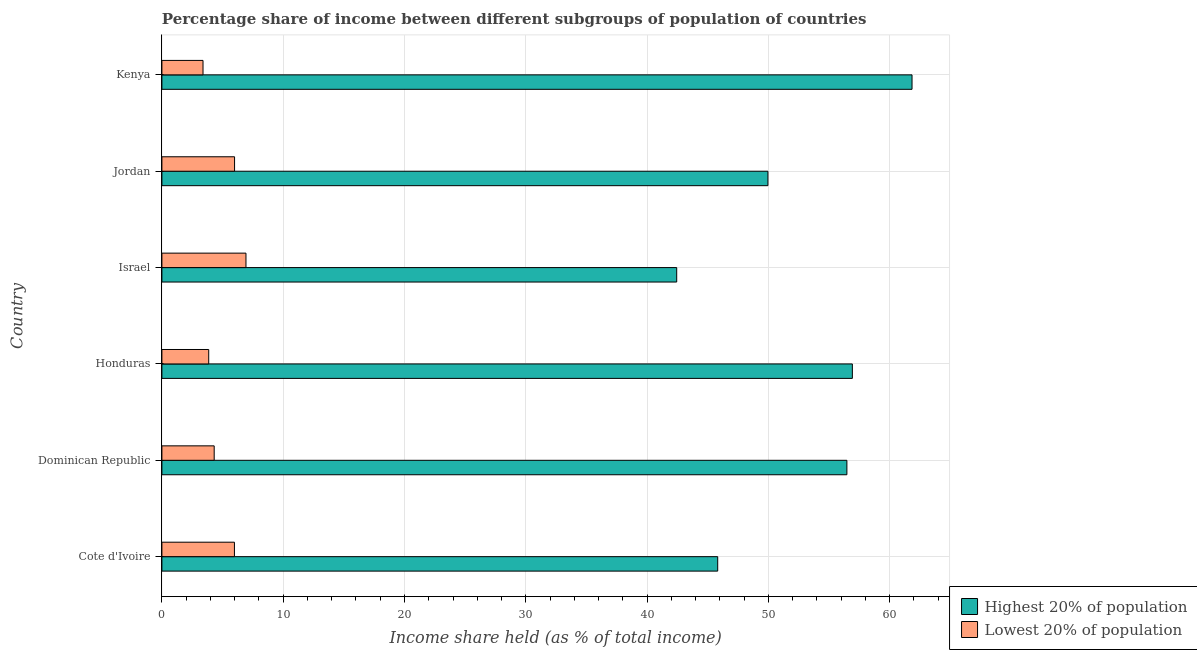
| Country | Highest 20% of population | Lowest 20% of population |
 | --- | --- | --- |
 | Cote d'Ivoire | 45.8 | 5.98 |
 | Dominican Republic | 56.5 | 4.31 |
 | Honduras | 56.9 | 3.86 |
 | Israel | 42.4 | 6.93 |
 | Jordan | 50 | 5.99 |
 | Kenya | 61.8 | 3.39 |